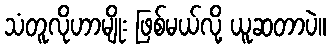
သံတူလိုဟာမျိုး ဖြစ်မယ်လို့ ယူဆတာပဲ။